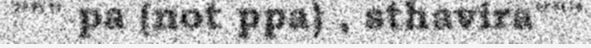
""" pa (not ppa) , sthavira"""